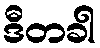
ဒီတခါ